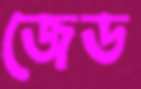
জেড